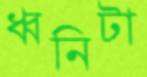
ধ্বনিটা